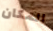
المكان